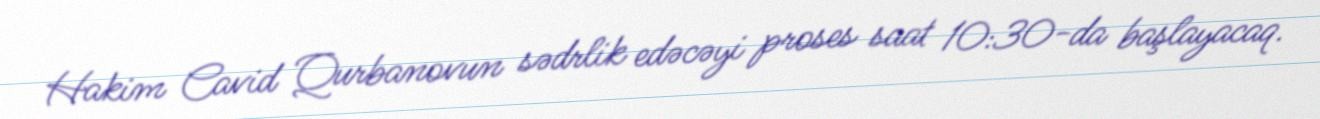
Hakim Cavid Qurbanovun sədrlik edəcəyi proses saat 10:30-da başlayacaq.